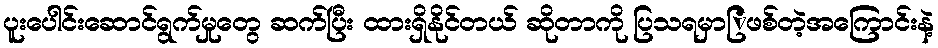
ပူးပေါင်းဆောင်ရွက်မှုတွေ ဆက်ပြီး ထားရှိနိုင်တယ် ဆိုတာကို ပြသရမှာြဖစ်တဲ့အကြောင်းနဲ့